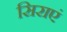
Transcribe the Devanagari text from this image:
सिराएं